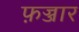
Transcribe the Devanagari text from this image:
फ़ज्जार